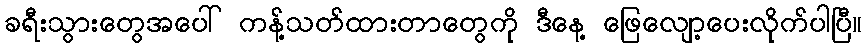
ခရီးသွားတွေအပေါ် ကန့်သတ်ထားတာတွေကို ဒီနေ့ ဖြေလျော့ပေးလိုက်ပါပြီ။